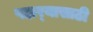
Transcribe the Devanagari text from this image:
पहार्‍यासाठी